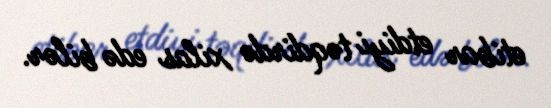
etibar etdiyi təqdirdə xilas edə bilər.